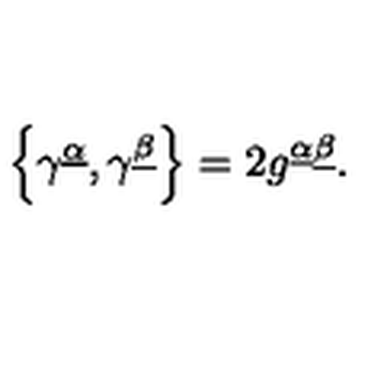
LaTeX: \left\{ \gamma ^ { \underline { { \alpha } } } , \gamma ^ { \underline { { \beta } } } \right\} = 2 g ^ { \underline { { \alpha } } \underline { { \beta } } } .